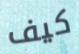
كيف